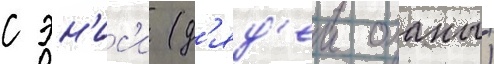
с эн'ис'и (д'яд'еи оханы)